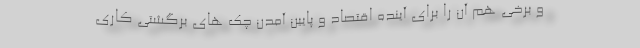
و برخی هم آن را برای آینده اقتصاد و پایین آمدن چک های برگشتی کاری